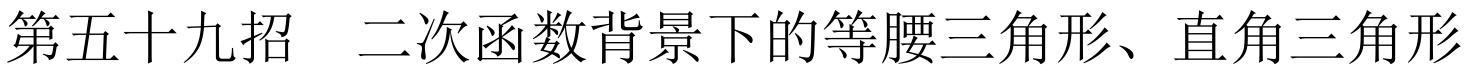
第五十九招  二次函数背景下的等腰三角形、直角三角形